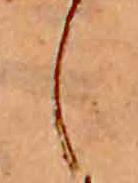
し